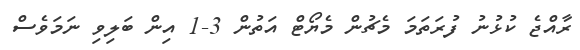
ރާއްޖެ ކުޅުނު ފުރަތަމަ މެޗުން މެޔޯޓް އަތުން 3-1 އިން ބަލިވި ނަމަވެސް